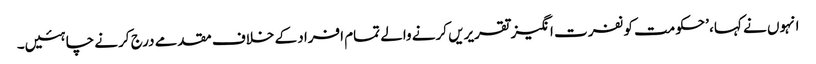
انہوں نے کہا، ’حکومت کو نفرت انگیز تقریریں کرنے والے تمام افراد کے خلاف مقدمے درج کرنے چاہئیں۔